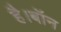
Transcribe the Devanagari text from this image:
है।बॉन